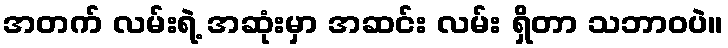
အတက် လမ်းရဲ့ အဆုံးမှာ အဆင်း လမ်း ရှိတာ သဘာဝပဲ။